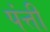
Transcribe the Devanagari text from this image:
पंत्ती